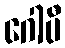
ဂေါပီ